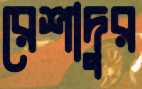
রেশাদুর